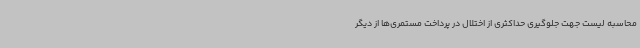
محاسبه لیست جهت جلوگیری حداکثری از اختلال در پرداخت مستمری‌ها از دیگر